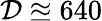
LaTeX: \mathcal{D}\approxeq 640